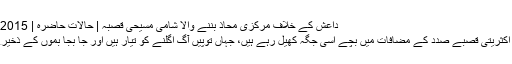
داعش کے خلاف مرکزی محاذ بننے والا شامی مسیحی قصبہ | حالات حاضرہ | DW | 22.11.2015
شام کے مسیحی اکثریتی قصبے صدد کے مضافات میں بچے اسی جگہ کھیل رہے ہیں، جہاں توپیں آگ اگلنے کو تیار ہیں اور جا بجا بموں کے ذخیرے نظر آتے ہیں۔